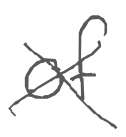
Text: of
Cross-out: mix
Writing tool: digital_gray